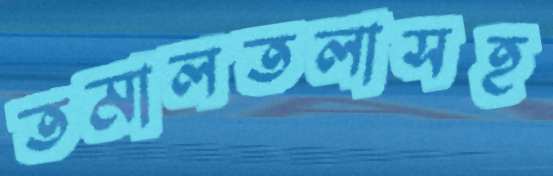
তমালতলাসহ